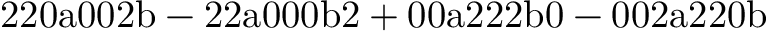
\mathrm { 2 2 0 a 0 0 2 b - 2 2 a 0 0 0 b 2 + 0 0 a 2 2 2 b 0 - 0 0 2 a 2 2 0 b }